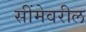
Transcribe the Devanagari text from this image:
सींमेवरील